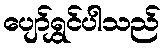
ပျော်ရွှင်ပါသည်